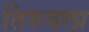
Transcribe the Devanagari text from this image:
तिरुवला